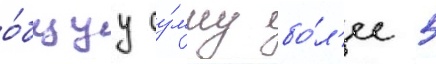
о́бщуу су́мму бо́л'ее 5